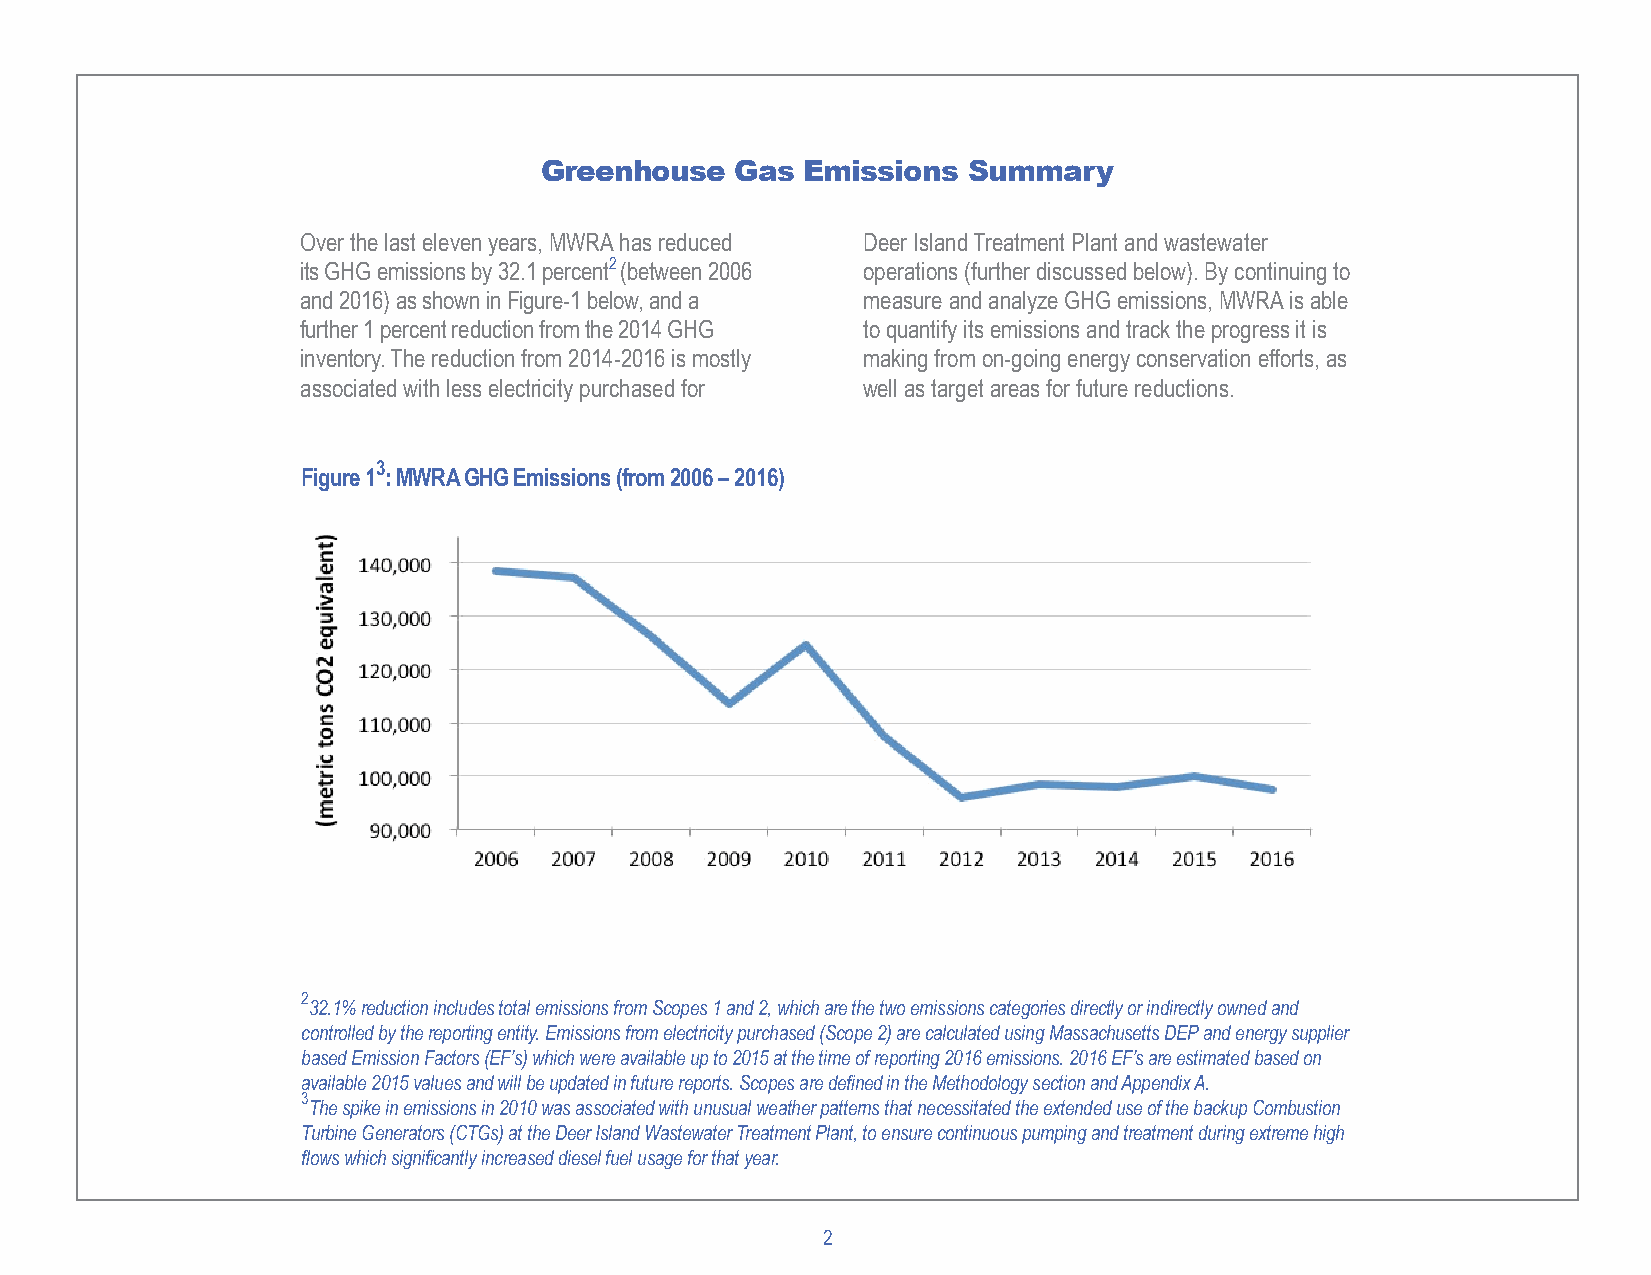
Greenhouse   Gas Emissions  Summary
 Over the last eleven years, MWRA has reduced Deer Island Treatment Plant and wastewater
 its GHG emissions by 32.1 percent2 (between 2006 operations (further discussed below). By continuing to
 and 2016) as shown in Figure-1 below, and a measure and analyze GHG emissions, MWRA is able
 further 1 percent reduction from the 2014 GHG to quantify its emissions and track the progress it is
 inventory. The reduction from 2014-2016 is mostly making from on-going energy conservation efforts, as
 associated with less electricity purchased for well as target areas for future reductions.
 3
 Figure 1 : MWRA GHG Emissions (from 2006 – 2016)
 2
 32.1% reduction includes total emissions from Scopes 1 and 2, which are the two emissions categories directly or indirectly owned and
 controlled by the reporting entity. Emissions from electricity purchased (Scope 2) are calculated using Massachusetts DEP and energy supplier
 based Emission Factors (EF’s) which were available up to 2015 at the time of reporting 2016 emissions. 2016 EF’s are estimated based on
 available 2015 values and will be updated in future reports. Scopes are defined in the Methodology section and Appendix A.
 3
 The spike in emissions in 2010 was associated with unusual weather patterns that necessitated the extended use of the backup Combustion
 Turbine Generators (CTGs) at the Deer Island Wastewater Treatment Plant, to ensure continuous pumping and treatment during extreme high
 flows which significantly increased diesel fuel usage for that year.
 2